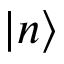
| n \rangle